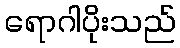
ရောဂါပိုးသည်